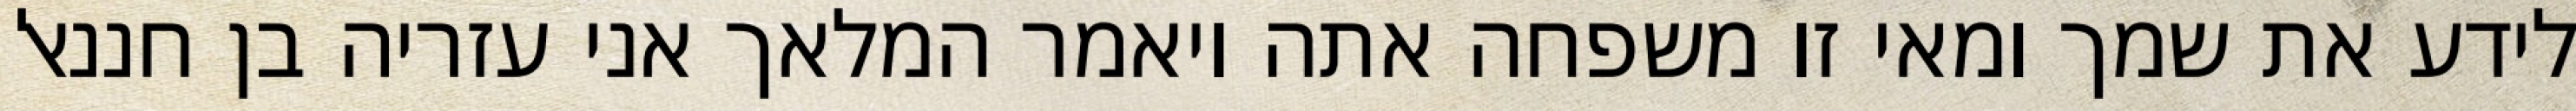
לידע את שמך ומאי זו משפחה אתה ויאמר המלאך אני עזריה בן חננאל